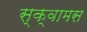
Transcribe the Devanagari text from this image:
स्क्वामस